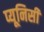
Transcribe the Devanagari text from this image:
प्यूनिसी